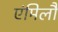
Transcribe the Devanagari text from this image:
एंमिलौ